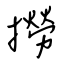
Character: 撈